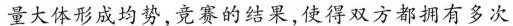
量大体形成均势，竞赛的结果，使得双方都拥有多次